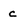
Character: c